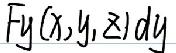
\[ \int f_y(x,y,z)dy \]